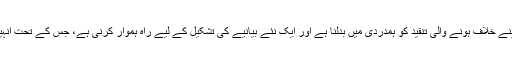
ہمارے ادارے یہ ہنر بھی سیکھ چکے ہیں کہ اس طرح کے واقعات کے بعد کس طرح اپنے خلاف ہونے والی تنقید کو ہمدردی میں بدلنا ہے اور ایک نئے بیانیے کی تشکیل کے لیے راہ ہموار کرنی ہے، جس کے تحت انہیں مزید وسائل فراہم ہو سکیں تاکہ یہ ادارے خود کو مزید محفوظ اور ناقابل گرفت بنا لیں۔